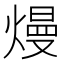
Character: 熳